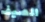
الصيف